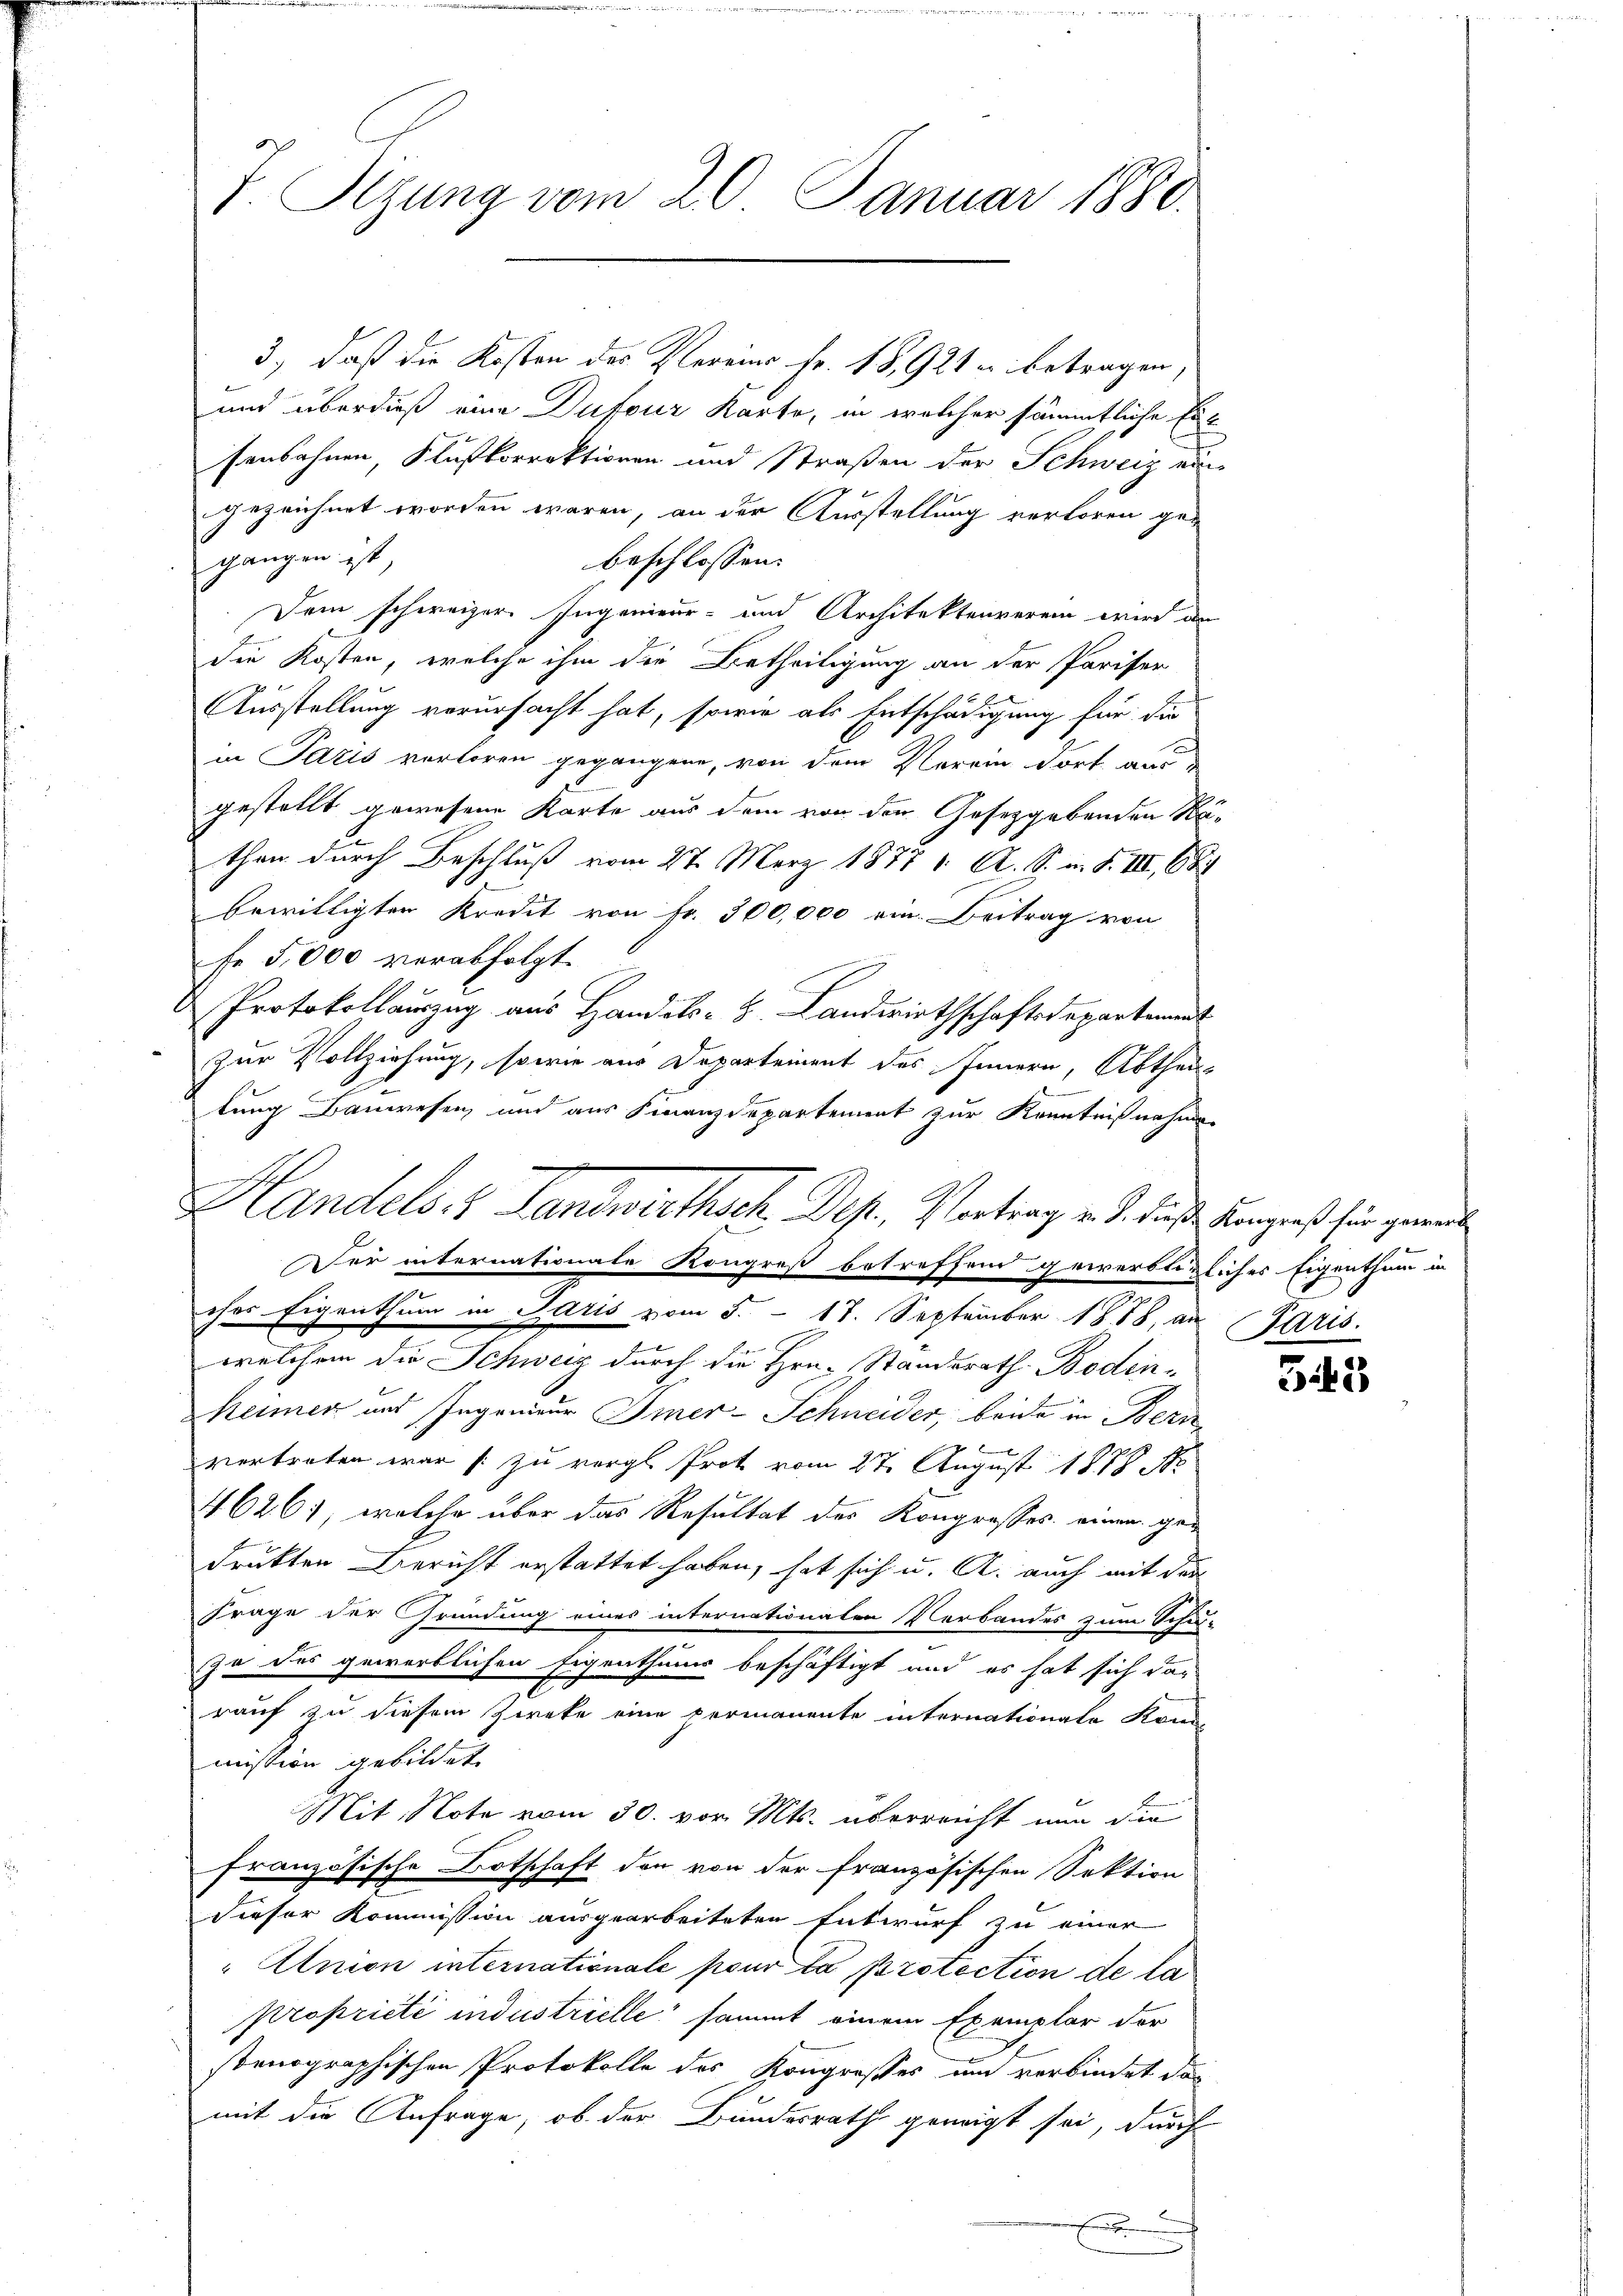
7. Sizung vom 20. Januar 1880.

3.) daß die Kosten des Vereins Fr. 18, 928 u. betragen,
und überdieß eine Dufour Karte, in welcher sämmtliche Ersensohnen, Flußkorrektionen und Straßen der Schweiz ein
gezeichnet worden wären, an der Ausstellung verloren ge-
gangen ist
beschlossen:
Dem schweizer Ingenieur- und Architektenverein wird den
der Kosten, welche ihm die Betheiligung an der Pariser
Ausstellung verursacht hat, sowie als Entschädigung für die
in Paris verloren gegangene, von dem Verein dort aus de
gestellt gewesene Karte aus dem von den Gesetzgebenden Rethen durch Beschluß vom 27. März 1877 1. A. S. i. S. III 68
bewilligten Kredit von Fr. 300,000 ein. Beitrag von
fe 5,000 verabfolgt.
Protokollauszug aus Handels- 8. Landwirthschaftsdepartement
zur Vollziehung, sowie aus Departement des Innern, Abtheil
lung Bauwesen und aus Finanzdepartement zur Kenntnißnahme
ches Eigenthum in Paris vom 5. - 17. September 1888, an Paris.
welchem die Schweiz durch die Hrn. Standerath Boden-
Reimer und Ingenieur Imer-Schneider, beide in Bern
vertreten war zu vergl. Prot vom 27. August 1888 N
4626), welche über das Resultat des Kongrosses einem gen
drukten Bericht erstattet haben, hat sich u. A. auch mit den
Frage der Gründung eines internationalen Verbandes zum Schu-
za des gewerblichen Eigenthums beschäftigt und es hat sich dar-
rauf zu diesem Zweke eine permanente internationale Kran
mission gebildet.
Mit Note vom 30. vor. Mts. überreicht nun die
französische Botschaft den von der französischen Sektion
dieser Kommission ausgearbeiteten Entwurf zu einer
"Union internationale pour la protection de la
propriété industrielle sammt einem Exemplar der
stenographischen Protokolle des Kongroßes um verbindet das
mit die Anfrage, ob der Bundesrath geneigt sei, durch
e
E

Handels- & Landwirthsch. Des, Vortrag v. J. diese Kongreß sie gereit
Der internationale Kongreß betreffend gewerbtizliches Eigenthum in

343